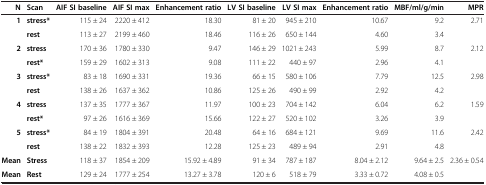
| N | Scan | AIF SI baseline | AIF SI max | Enhancement ratio | LV SI baseline | LV SI max | Enhancement ratio | MBF/ml/g/min | MPR |
 | --- | --- | --- | --- | --- | --- | --- | --- | --- | --- |
 | 1 | stress* | 115 ± 24 | 2220 ± 412 | 18.30 | 81 ± 20 | 945 ± 210 | 10.67 | 9.2 | 2.71 |
 |  | rest | 113 ± 27 | 2199 ± 460 | 18.46 | 116 ± 26 | 650 ± 144 | 4.60 | 3.4 |  |
 | 2 | stress | 170 ± 36 | 1780 ± 330 | 9.47 | 146 ± 29 | 1021 ± 243 | 5.99 | 8.7 | 2.12 |
 |  | rest* | 159 ± 29 | 1602 ± 313 | 9.08 | 111 ± 22 | 440 ± 97 | 2.96 | 4.1 |  |
 | 3 | stress* | 83 ± 18 | 1690 ± 331 | 19.36 | 66 ± 15 | 580 ± 106 | 7.79 | 12.5 | 2.98 |
 |  | rest | 138 ± 26 | 1637 ± 362 | 10.86 | 125 ± 26 | 490 ± 99 | 2.92 | 4.2 |  |
 | 4 | stress | 137 ± 35 | 1777 ± 367 | 11.97 | 100 ± 23 | 704 ± 142 | 6.04 | 6.2 | 1.59 |
 |  | rest* | 97 ± 26 | 1616 ± 369 | 15.66 | 122 ± 27 | 520 ± 102 | 3.26 | 3.9 |  |
 | 5 | stress* | 84 ± 19 | 1804 ± 391 | 20.48 | 64 ± 16 | 684 ± 121 | 9.69 | 11.6 | 2.42 |
 |  | rest | 138 ± 22 | 1832 ± 393 | 12.28 | 125 ± 23 | 489 ± 94 | 2.91 | 4.8 |  |
 | Mean | Stress | 118 ± 37 | 1854 ± 209 | 15.92 ± 4.89 | 91 ± 34 | 787 ± 187 | 8.04 ± 2.12 | 9.64 ± 2.5 | 2.36 ± 0.54 |
 | Mean | Rest | 129 ± 24 | 1777 ± 254 | 13.27 ± 3.78 | 120 ± 6 | 518 ± 79 | 3.33 ± 0.72 | 4.08 ± 0.5 |  |